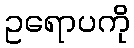
ဥရောပကို